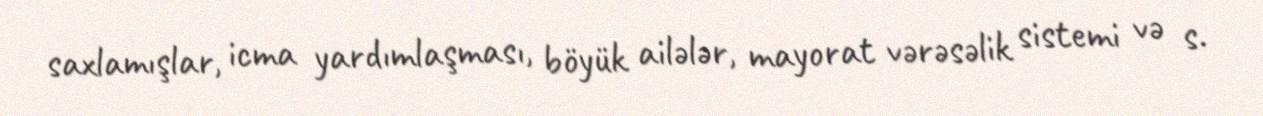
saxlamışlar, icma yardımlaşması, böyük ailələr, mayorat vərəsəlik sistemi və s.